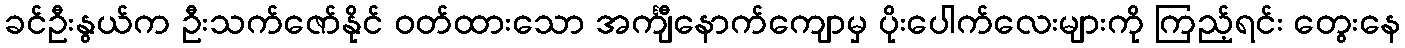
ခင်ဦးနွယ်က ဦးသက်ဇော်နိုင် ဝတ်ထားသော အင်္ကျီနောက်ကျောမှ ပိုးပေါက်လေးများကို ကြည့်ရင်း တွေးနေ